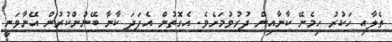
ތެލާއި ހަކުރު ހިމެނޭ ކާނާއިން ދުރުވުމަށެވެ. އެގޮތުން އެފަދަ ކާނާ ބޭނުންކުރުން އޭނާވަނީ